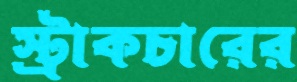
স্ট্রাকচারের